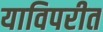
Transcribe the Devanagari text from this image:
याविपरीत